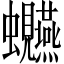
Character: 𫋩